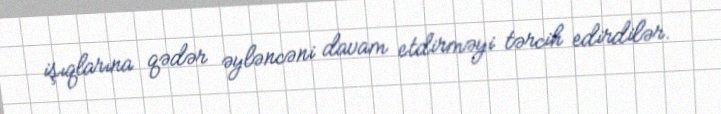
işıqlarına qədər əyləncəni davam etdirməyi tərcih edirdilər.